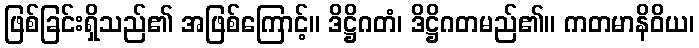
ဖြစ်ခြင်းရှိသည်၏ အဖြစ်ကြောင့်။ ဒိဋ္ဌိဂတံ၊ ဒိဋ္ဌိဂတမည်၏။ ကတမာနိဝိယ၊